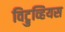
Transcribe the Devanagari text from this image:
विट्रुव्हियस